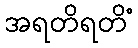
အရတိရတိံ